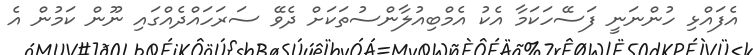
އެފައްޅި ހުންނަނީ ފަސޭހަކަމާ އެކު އެމްބިއުލާންސުތަކަށް ދެވޭ ސަރަހައްދެއްގައި ނޫން ކަމުން އެ